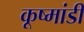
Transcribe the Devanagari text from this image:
कूष्मांडी